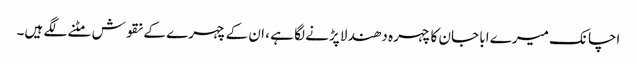
اچانک میرے ابا جان کا چہرہ دھندلا پڑنے لگا ہے ، ان کے چہرے کے نقوش مٹنے لگے ہیں۔